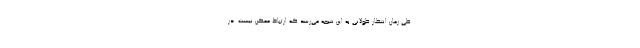
طی زمان انتظار طولانی به این نتیجه می‌رسد که ارتباط ممکن نیست. در